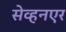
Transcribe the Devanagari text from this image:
सेव्हनएर